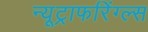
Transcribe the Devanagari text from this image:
न्यूट्राफरिंग्ल्स